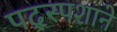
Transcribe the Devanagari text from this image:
पद्स्पशाने